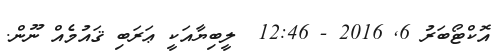
އޮކްޓޯބަރު 6